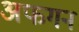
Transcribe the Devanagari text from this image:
अफगन